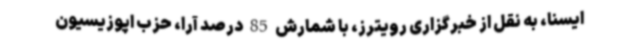
ایسنا، به نقل از خبرگزاری رویترز، با شمارش 85 درصد آرا،‌ حزب اپوزیسیون